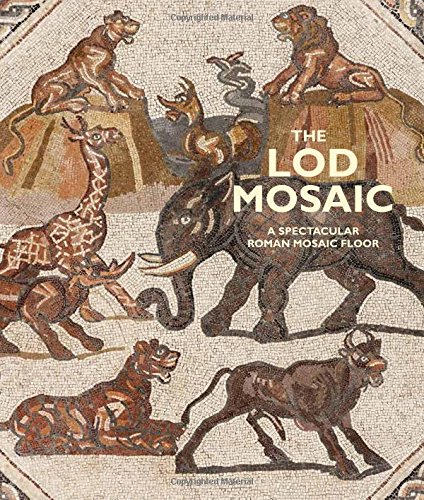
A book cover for The Lod Mosaic: A Spectacular Roman Mosaic Floor; Gideon Avni; Crafts, Hobbies & Home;